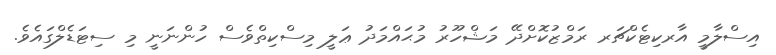
އިސްލާމީ އާރކިޓެކްޗަރ ރަމްޒުކޮށްދޭ މަޝްހޫރު މުޙައްމަދު ޢަލީ މިސްކިތްވެސް ހުންނަނީ މި ސިޓަޑެލްގައެވެ.